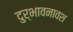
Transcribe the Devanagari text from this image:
दुर्भावनावश